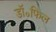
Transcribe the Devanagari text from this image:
डॉ॰फिल